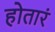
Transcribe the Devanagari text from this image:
होतारं